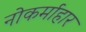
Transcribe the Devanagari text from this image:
नोकर्माहार